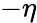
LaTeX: -\eta